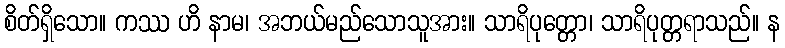
စိတ်ရှိသော။ ကဿ ဟိ နာမ၊ အဘယ်မည်သောသူအား။ သာရိပုတ္တော၊ သာရိပုတ္တရာသည်။ န